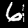
Digit: 6